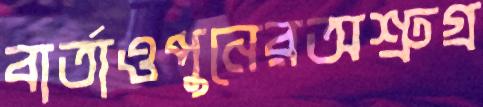
বার্তাওপুনেরঅশ্রুগ্র